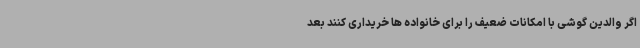
اگر والدین گوشی با امکانات ضعیف را برای خانواده ها خریداری کنند بعد